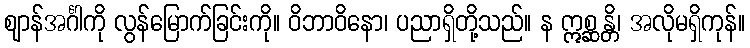
ဈာန်အင်္ဂါကို လွန်မြောက်ခြင်းကို။ ဝိဘာဝိနော၊ ပညာရှိတို့သည်။ န ဣစ္ဆန္တိ၊ အလိုမရှိကုန်။